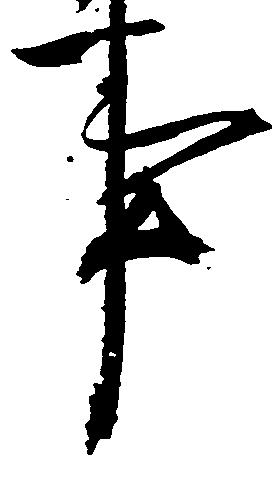
事